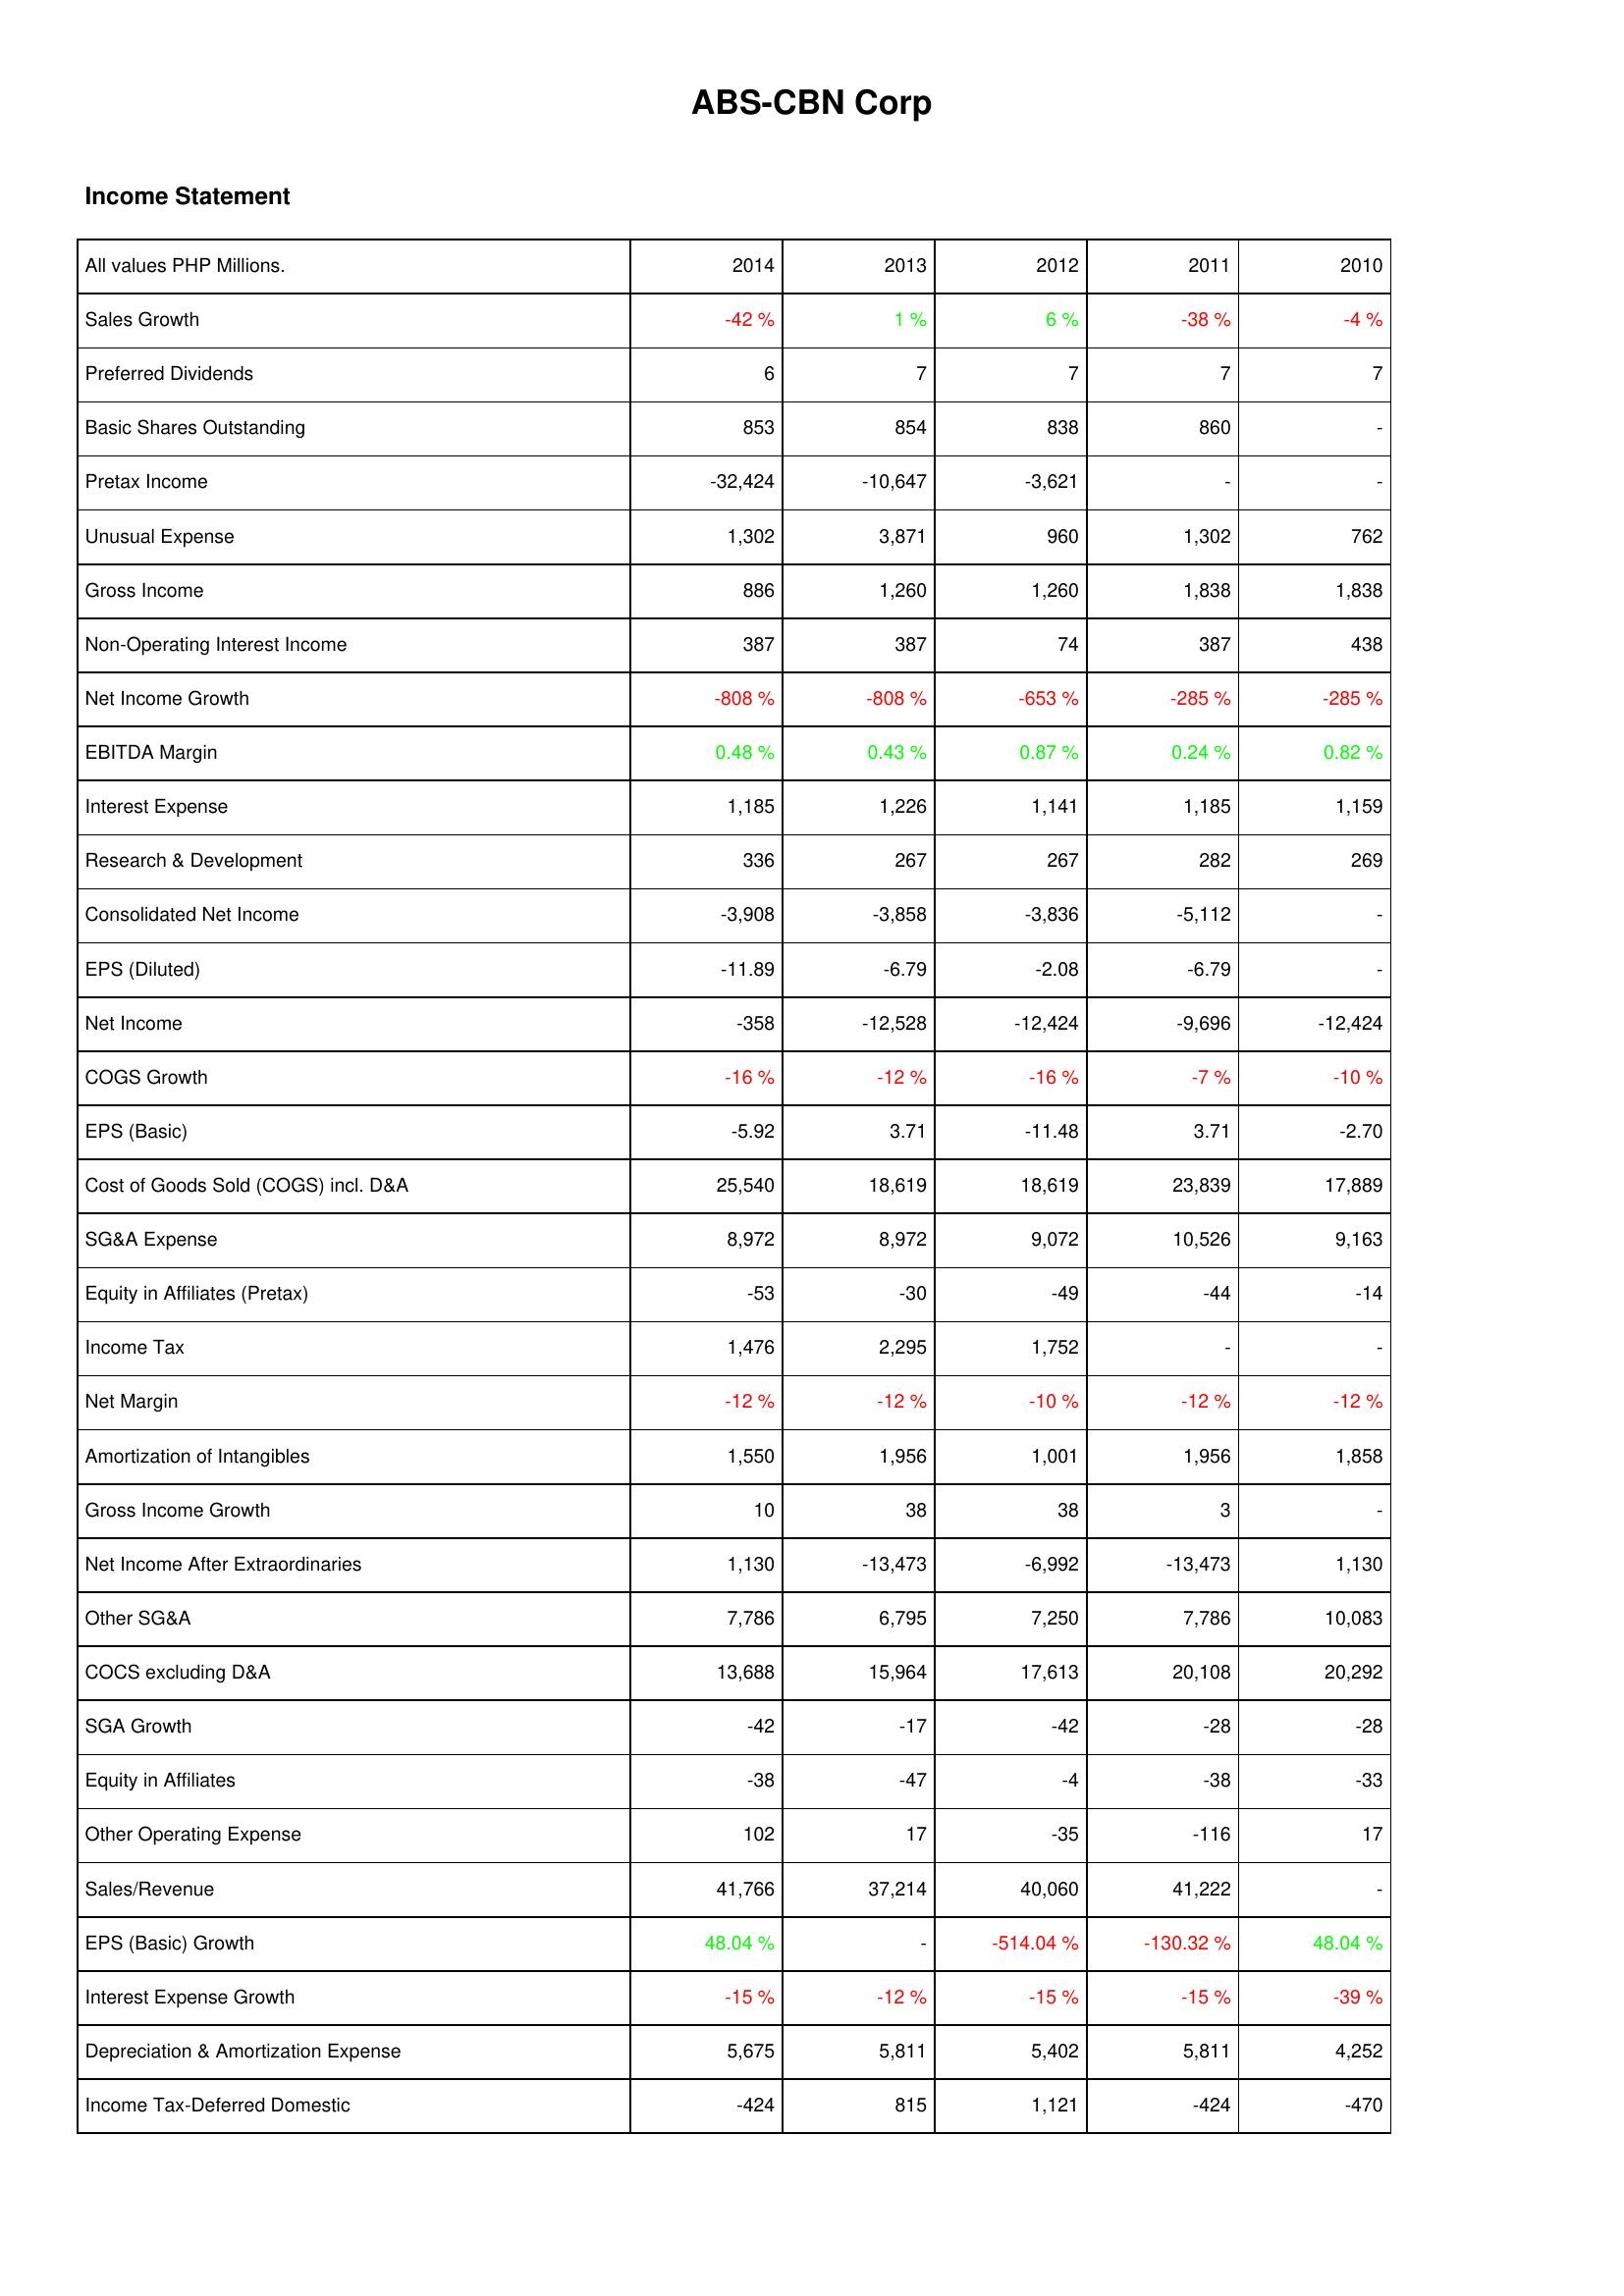
2014: Income Statement: Sales Growth: -42 %
Preferred Dividends: 6
Basic Shares Outstanding: 853
Pretax Income: -32,424
Unusual Expense: 1,302
Gross Income: 886
Non-Operating Interest Income: 387
Net Income Growth: -808 %
EBITDA Margin: 0.48 %
Interest Expense: 1,185
Research & Development: 336
Consolidated Net Income: -3,908
EPS (Diluted): -11.89
Net Income: -358
COGS Growth: -16 %
EPS (Basic): -5.92
Cost of Goods Sold (COGS) incl. D&A: 25,540
SG&A Expense: 8,972
Equity in Affiliates (Pretax): -53
Income Tax: 1,476
Net Margin: -12 %
Amortization of Intangibles: 1,550
Gross Income Growth: 10
Net Income After Extraordinaries: 1,130
Other SG&A: 7,786
COCS excluding D&A: 13,688
SGA Growth: -42
Equity in Affiliates: -38
Other Operating Expense: 102
Sales/Revenue: 41,766
EPS (Basic) Growth: 48.04 %
Interest Expense Growth: -15 %
Depreciation & Amortization Expense: 5,675
Income Tax-Deferred Domestic: -424
2013: Income Statement: Sales Growth: 1 %
Preferred Dividends: 7
Basic Shares Outstanding: 854
Pretax Income: -10,647
Unusual Expense: 3,871
Gross Income: 1,260
Non-Operating Interest Income: 387
Net Income Growth: -808 %
EBITDA Margin: 0.43 %
Interest Expense: 1,226
Research & Development: 267
Consolidated Net Income: -3,858
EPS (Diluted): -6.79
Net Income: -12,528
COGS Growth: -12 %
EPS (Basic): 3.71
Cost of Goods Sold (COGS) incl. D&A: 18,619
SG&A Expense: 8,972
Equity in Affiliates (Pretax): -30
Income Tax: 2,295
Net Margin: -12 %
Amortization of Intangibles: 1,956
Gross Income Growth: 38
Net Income After Extraordinaries: -13,473
Other SG&A: 6,795
COCS excluding D&A: 15,964
SGA Growth: -17
Equity in Affiliates: -47
Other Operating Expense: 17
Sales/Revenue: 37,214
EPS (Basic) Growth: -
Interest Expense Growth: -12 %
Depreciation & Amortization Expense: 5,811
Income Tax-Deferred Domestic: 815
2012: Income Statement: Sales Growth: 6 %
Preferred Dividends: 7
Basic Shares Outstanding: 838
Pretax Income: -3,621
Unusual Expense: 960
Gross Income: 1,260
Non-Operating Interest Income: 74
Net Income Growth: -653 %
EBITDA Margin: 0.87 %
Interest Expense: 1,141
Research & Development: 267
Consolidated Net Income: -3,836
EPS (Diluted): -2.08
Net Income: -12,424
COGS Growth: -16 %
EPS (Basic): -11.48
Cost of Goods Sold (COGS) incl. D&A: 18,619
SG&A Expense: 9,072
Equity in Affiliates (Pretax): -49
Income Tax: 1,752
Net Margin: -10 %
Amortization of Intangibles: 1,001
Gross Income Growth: 38
Net Income After Extraordinaries: -6,992
Other SG&A: 7,250
COCS excluding D&A: 17,613
SGA Growth: -42
Equity in Affiliates: -4
Other Operating Expense: -35
Sales/Revenue: 40,060
EPS (Basic) Growth: -514.04 %
Interest Expense Growth: -15 %
Depreciation & Amortization Expense: 5,402
Income Tax-Deferred Domestic: 1,121
2011: Income Statement: Sales Growth: -38 %
Preferred Dividends: 7
Basic Shares Outstanding: 860
Pretax Income: -
Unusual Expense: 1,302
Gross Income: 1,838
Non-Operating Interest Income: 387
Net Income Growth: -285 %
EBITDA Margin: 0.24 %
Interest Expense: 1,185
Research & Development: 282
Consolidated Net Income: -5,112
EPS (Diluted): -6.79
Net Income: -9,696
COGS Growth: -7 %
EPS (Basic): 3.71
Cost of Goods Sold (COGS) incl. D&A: 23,839
SG&A Expense: 10,526
Equity in Affiliates (Pretax): -44
Income Tax: -
Net Margin: -12 %
Amortization of Intangibles: 1,956
Gross Income Growth: 3
Net Income After Extraordinaries: -13,473
Other SG&A: 7,786
COCS excluding D&A: 20,108
SGA Growth: -28
Equity in Affiliates: -38
Other Operating Expense: -116
Sales/Revenue: 41,222
EPS (Basic) Growth: -130.32 %
Interest Expense Growth: -15 %
Depreciation & Amortization Expense: 5,811
Income Tax-Deferred Domestic: -424
2010: Income Statement: Sales Growth: -4 %
Preferred Dividends: 7
Basic Shares Outstanding: -
Pretax Income: -
Unusual Expense: 762
Gross Income: 1,838
Non-Operating Interest Income: 438
Net Income Growth: -285 %
EBITDA Margin: 0.82 %
Interest Expense: 1,159
Research & Development: 269
Consolidated Net Income: -
EPS (Diluted): -
Net Income: -12,424
COGS Growth: -10 %
EPS (Basic): -2.70
Cost of Goods Sold (COGS) incl. D&A: 17,889
SG&A Expense: 9,163
Equity in Affiliates (Pretax): -14
Income Tax: -
Net Margin: -12 %
Amortization of Intangibles: 1,858
Gross Income Growth: -
Net Income After Extraordinaries: 1,130
Other SG&A: 10,083
COCS excluding D&A: 20,292
SGA Growth: -28
Equity in Affiliates: -33
Other Operating Expense: 17
Sales/Revenue: -
EPS (Basic) Growth: 48.04 %
Interest Expense Growth: -39 %
Depreciation & Amortization Expense: 4,252
Income Tax-Deferred Domestic: -470